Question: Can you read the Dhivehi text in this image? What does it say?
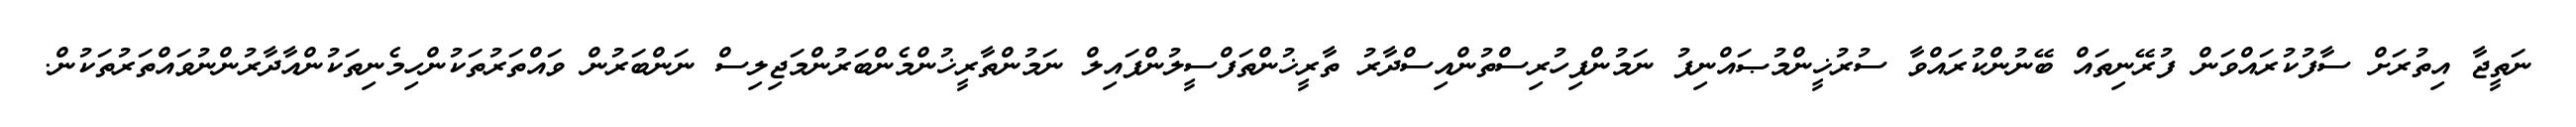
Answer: ނަތީޖާ އިތުރަށް ސާފުކުރައްވަން ފުރޭނިތައް ބޭނުންކުރައްވާ ސުރުޚީންމުޞައްނިފު ނަމުންފިހުރިސްތުންއިސްދާރު ތާރީޚުންތަފްސީލުންފައިލް ނަމުންތާރީޚުންމެންބަރުންމަޖިލިސް ނަންބަރުން ވައްތަރުތަކުންހިމެނިތަކުންއާދާރުންނުވައްތަރުތަކުން.